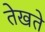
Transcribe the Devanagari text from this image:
तेखते